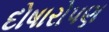
દોષારોપણ